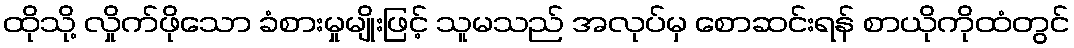
ထိုသို့ လှိုက်ဖိုသော ခံစားမှုမျိုးဖြင့် သူမသည် အလုပ်မှ စောဆင်းရန် စာယိုကိုထံတွင်